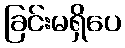
ခြင်းမရှိပေ